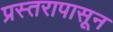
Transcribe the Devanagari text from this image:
प्रस्तरापासून